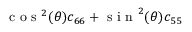
\textrm { c o s } ^ { 2 } ( \theta ) c _ { 6 6 } + \textrm { s i n } ^ { 2 } ( \theta ) c _ { 5 5 }